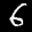
Label: 6